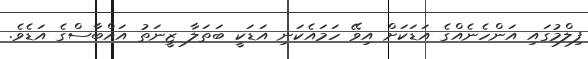
ފިލްމުގައި އަންހެނެއްގެ އަޑަކަށް އިވޭ ހަމައެކަނި އަޑަކީ ބަތަލާ ޒީނަތު އައްބާސްގެ އަޑެވެ.